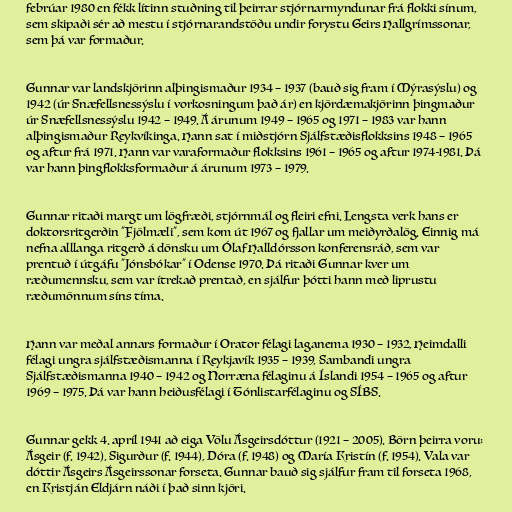
febrúar 1980 en fékk lítinn stuðning til þeirrar stjórnarmyndunar frá flokki sínum,
sem skipaði sér að mestu í stjórnarandstöðu undir forystu Geirs Hallgrímssonar,
sem þá var formaður.

Gunnar var landskjörinn alþingismaður 1934 – 1937 (bauð sig fram í Mýrasýslu) og
1942 (úr Snæfellsnessýslu í vorkosningum það ár) en kjördæmakjörinn þingmaður
úr Snæfellsnessýslu 1942 – 1949. Á árunum 1949 – 1965 og 1971 – 1983 var hann
alþingismaður Reykvíkinga. Hann sat í miðstjórn Sjálfstæðisflokksins 1948 – 1965
og aftur frá 1971. Hann var varaformaður flokksins 1961 – 1965 og aftur 1974-1981. Þá
var hann þingflokksformaður á árunum 1973 – 1979.

Gunnar ritaði margt um lögfræði, stjórnmál og fleiri efni. Lengsta verk hans er
doktorsritgerðin "Fjölmæli", sem kom út 1967 og fjallar um meiðyrðalög. Einnig má
nefna alllanga ritgerð á dönsku um Ólaf Halldórsson konferensráð, sem var
prentuð í útgáfu "Jónsbókar" í Odense 1970. Þá ritaði Gunnar kver um
ræðumennsku, sem var ítrekað prentað, en sjálfur þótti hann með liprustu
ræðumönnum síns tíma.

Hann var meðal annars formaður í Orator félagi laganema 1930 – 1932, Heimdalli
félagi ungra sjálfstæðismanna í Reykjavík 1935 – 1939, Sambandi ungra
Sjálfstæðismanna 1940 – 1942 og Norræna félaginu á Íslandi 1954 – 1965 og aftur
1969 – 1975. Þá var hann heiðusfélagi í Tónlistarfélaginu og SÍBS.

Gunnar gekk 4. apríl 1941 að eiga Völu Ásgeirsdóttur (1921 – 2005). Börn þeirra voru:
Ásgeir (f. 1942), Sigurður (f. 1944), Dóra (f. 1948) og María Kristín (f. 1954). Vala var
dóttir Ásgeirs Ásgeirssonar forseta. Gunnar bauð sig sjálfur fram til forseta 1968,
en Kristján Eldjárn náði í það sinn kjöri.